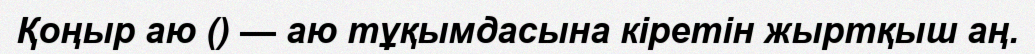
Қоңыр аю () — аю тұқымдасына кіретін жыртқыш аң.